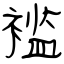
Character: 褴